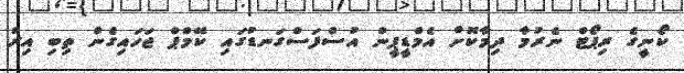
ކޯނީގެ ރިޕޯޓް ނެރުމާ ދިމާކޮށް އެމްޑީޕީން އުސްފަސްގަނޑުގައި ކޭމްޕް ޖަހައިގެން ތިބި އިރު